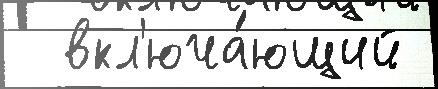
  вкл'юча́ющий